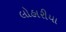
લોહારીયા